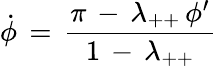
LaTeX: \dot{\phi}\, =\, \frac{\pi\, -\, \lambda_{++}\, \phi^{\prime}}{1\, -\, \lambda_{++}}